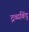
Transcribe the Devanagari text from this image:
द्रव्यबिंदु